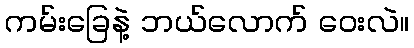
ကမ်းခြေနဲ့ ဘယ်လောက် ဝေးလဲ။